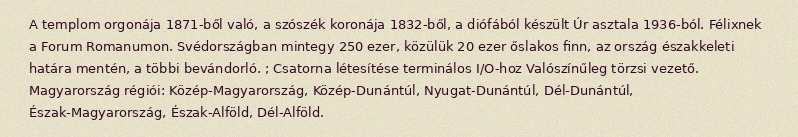
A templom orgonája 1871-ből való, a szószék koronája 1832-ből, a diófából készült Úr asztala 1936-ból. Félixnek a Forum Romanumon. Svédországban mintegy 250 ezer, közülük 20 ezer őslakos finn, az ország északkeleti határa mentén, a többi bevándorló. ; Csatorna létesítése terminálos I/O-hoz Valószínűleg törzsi vezető. Magyarország régiói: Közép-Magyarország, Közép-Dunántúl, Nyugat-Dunántúl, Dél-Dunántúl, Észak-Magyarország, Észak-Alföld, Dél-Alföld.